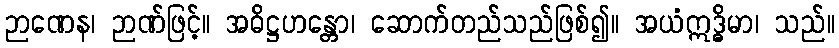
ဉာဏေန၊ ဉာဏ်ဖြင့်။ အဓိဋ္ဌဟန္တော၊ ဆောက်တည်သည်ဖြစ်၍။ အယံဣဒ္ဓိမာ၊ သည်။